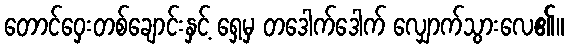
တောင်ဝှေးတစ်ချောင်းနှင့် ရှေ့မှ တဒေါက်ဒေါက် လျှောက်သွားလေ၏။